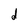
Character: d